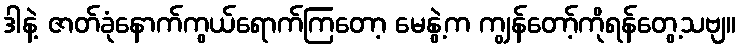
ဒါနဲ့ ဇာတ်ခုံနောက်ကွယ်ရောက်ကြတော့ မေနွဲ့က ကျွန်တော့်ကိုရန်တွေ့သဗျ။